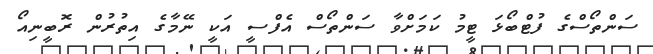
ސަންތޯސްގެ ފުޓްބޯޅަ ޓީމު ކަމަށްވާ ސަންތޯސް އެފްސީ އަކީ ނޭމާގެ އިތުރުން ރޮބީނިއޯ